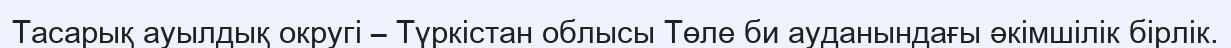
Тасарық ауылдық округі – Түркістан облысы Төле би ауданындағы әкімшілік бірлік.